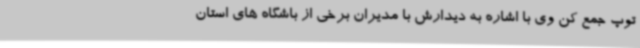
توپ جمع کن وی با اشاره به دیدارش با مدیران برخی از باشگاه های استان